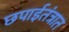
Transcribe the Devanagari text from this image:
छपाईतंत्रात